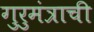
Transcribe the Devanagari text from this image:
गुरुमंत्राची